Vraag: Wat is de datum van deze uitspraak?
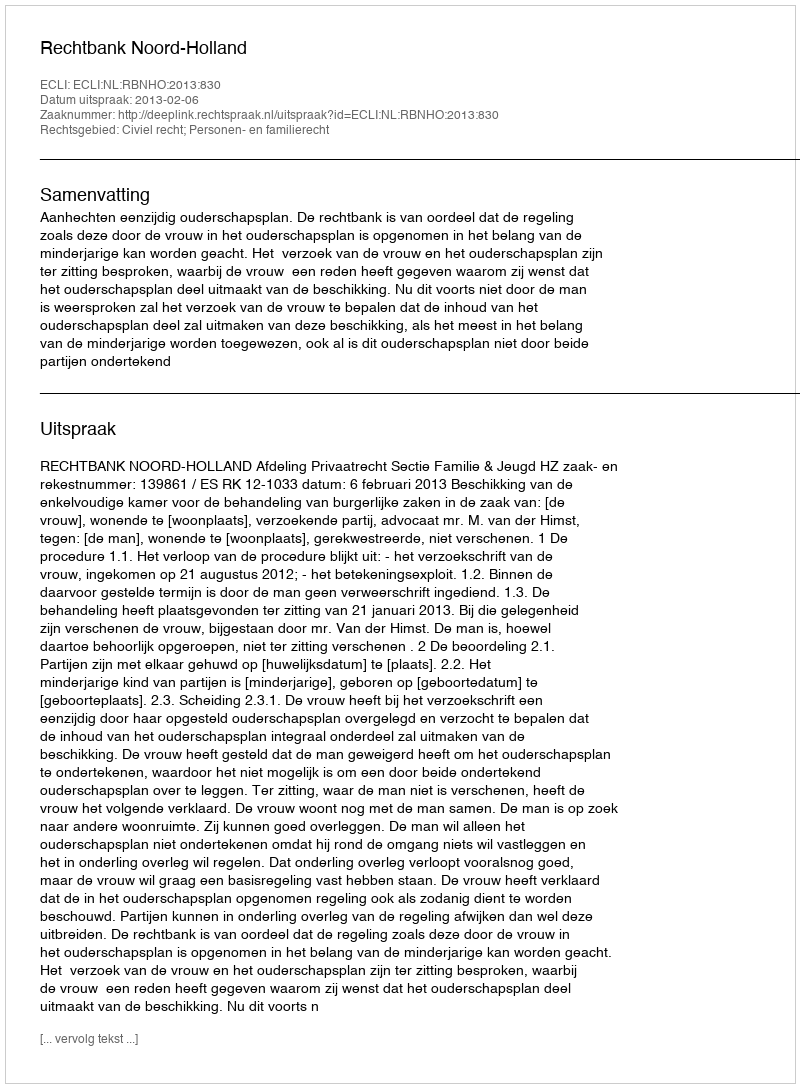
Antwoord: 2013-02-06